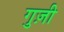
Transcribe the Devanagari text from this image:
गुज़ी